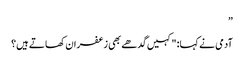
”
آدمی نے کہا: "کہیں گدھے بھی زعفران کھاتے ہیں؟